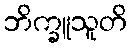
ဘိက္ခူသူတိ